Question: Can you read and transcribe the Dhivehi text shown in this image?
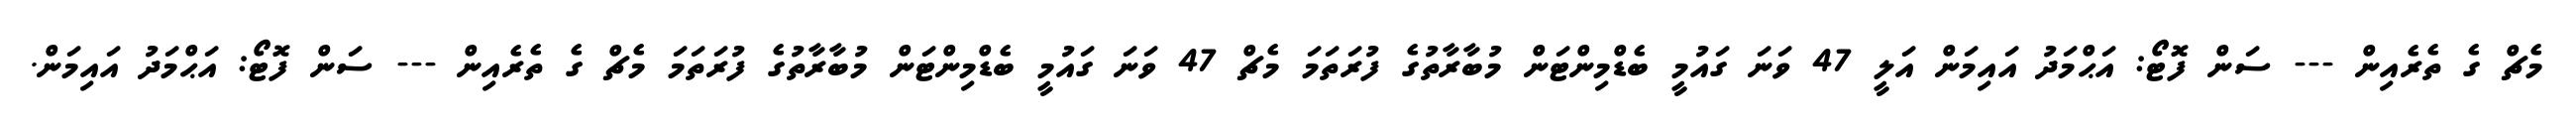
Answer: މެޗް ގެ ތެރެއިން --- ސަން ފޮޓޯ: އަޙްމަދު އައިމަން އަލީ 47 ވަނަ ގައުމީ ބެޑްމިންޓަން މުބާރާތުގެ ފުރަތަމަ މެޗް 47 ވަނަ ގައުމީ ބެޑްމިންޓަން މުބާރާތުގެ ފުރަތަމަ މެޗް ގެ ތެރެއިން --- ސަން ފޮޓޯ: އަޙްމަދު އައިމަން.